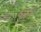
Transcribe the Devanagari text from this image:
५६ने